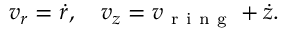
v _ { r } = \dot { r } , \ \ \ v _ { z } = v _ { \mathrm { ~ r ~ i ~ n ~ g ~ } } + \dot { z } .